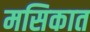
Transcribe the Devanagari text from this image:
मसिकात